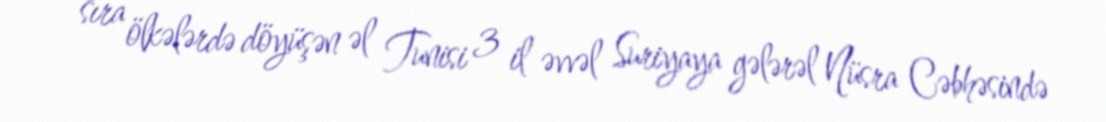
sıra ölkələrdə döyüşən əl Tunisi 3 il əvvəl Suriyaya gələrəl Nüsra Cəbhəsində